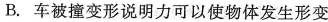
B.车被撞变形说明力可以使物体发生形变